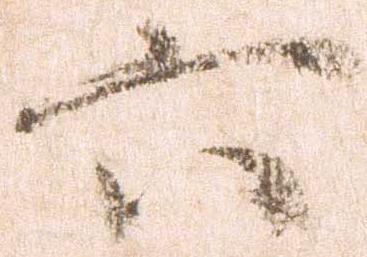
六